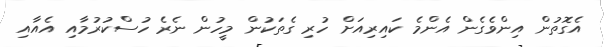
އެގޮތުން އިންވެގެން އެންމެ ކައިރިއަށް ހުރި ގެތަކުން މީހުން ނެރެ ހުސްކުރުމާއި އެއާއި